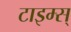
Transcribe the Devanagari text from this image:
टाइम्स्